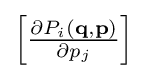
{\textstyle \left[{\frac {\partial P_{i}(\mathbf {q} ,\mathbf {p} )}{\partial p_{j}}}\right]}